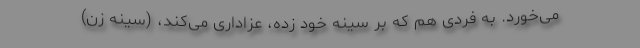
می‌خورد. به فردی هم که‌ بر سینه خود زده، عزاداری می‌کند، (سینه زن)